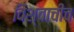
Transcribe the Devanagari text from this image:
विश्वाचीच